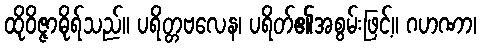
ထိုဝိဇ္ဇာဓိုရ်သည်။ ပရိတ္တဗလေန၊ ပရိတ်၏အစွမ်းဖြင့်။ ဂဟဏာ၊